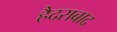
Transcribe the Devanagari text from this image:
हैैदराबाद